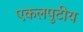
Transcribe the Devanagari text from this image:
एकलपुटीय